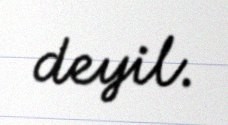
deyil.